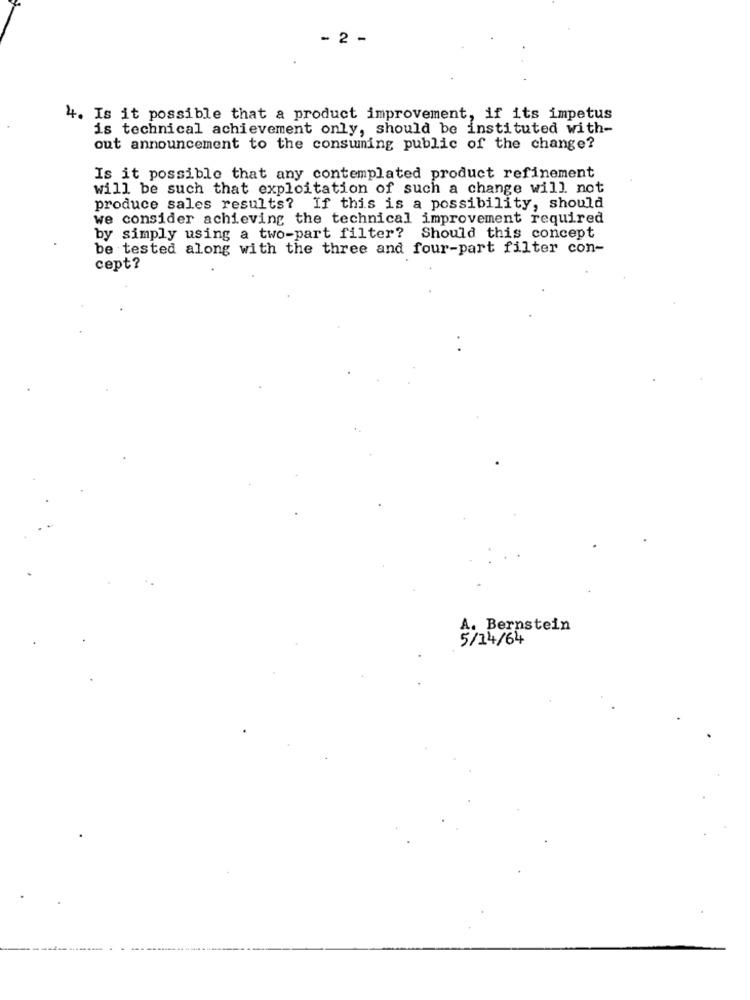
- 2 -
4. Is it possible that a product improvement, if its impetus
is technical achievement only, should be instituted with-
out announcement to the consuming public of the change?
Is it possible that any contemplated product refinement
will be such that exploitation of such a change will not
produce sales results? If this is a possibility, should
we consider achieving the technical improvement required
by simply using a two-part filter? Should this concept
be tested along with the three and four-part filter con-
cept?
Bernstein
/14/64